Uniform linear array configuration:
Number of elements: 4
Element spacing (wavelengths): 1
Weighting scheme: binomial
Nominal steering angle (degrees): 45
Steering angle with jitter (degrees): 43.51
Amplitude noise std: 0.05
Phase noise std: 0.05

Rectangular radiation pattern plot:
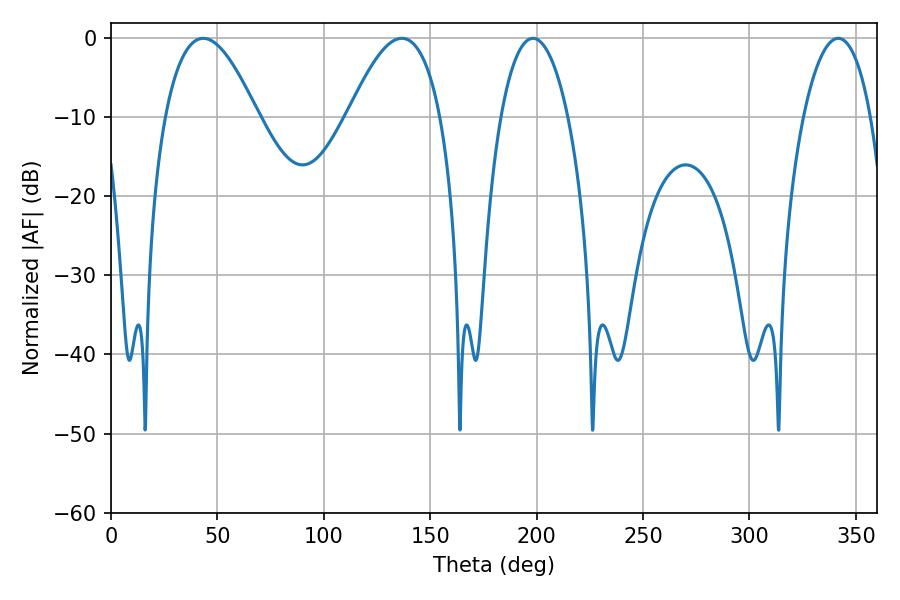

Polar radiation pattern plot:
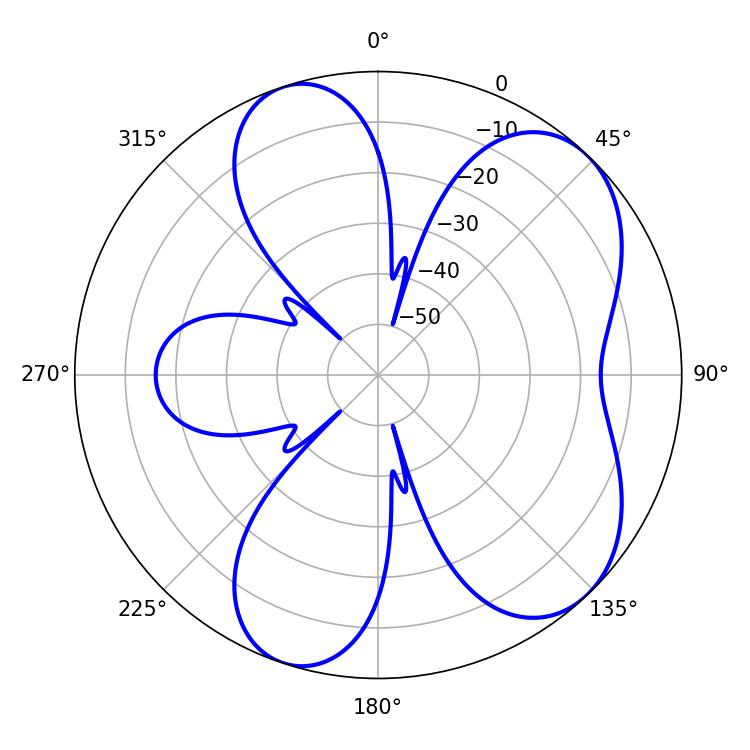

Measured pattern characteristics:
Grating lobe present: TRUE
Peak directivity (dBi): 6.679
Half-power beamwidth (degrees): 23.76
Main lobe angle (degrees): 43.38